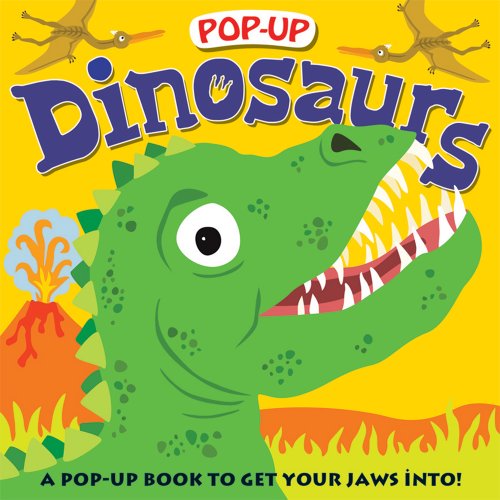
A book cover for Pop-up Dinosaurs (Pop-Up (Priddy Books)); Roger Priddy; Children's Books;